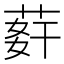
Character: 䓸